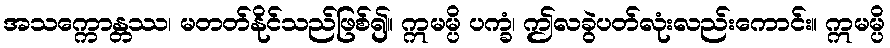
အသက္ကောန္တဿ၊ မတတ်နိုင်သည်ဖြစ်၍။ ဣမမ္ပိ ပက္ခံ၊ ဤလခွဲပတ်လုံးလည်းကောင်း။ ဣမမ္ပိ